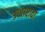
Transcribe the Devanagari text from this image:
उच्चारावा